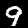
Digit: 9